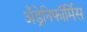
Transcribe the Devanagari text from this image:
अँड्रेनिफॉर्मिस